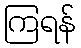
ကြရန်